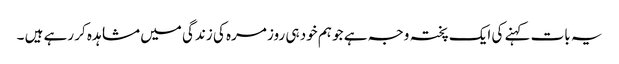
یہ بات کہنے کی ایک پختہ وجہ ہے جو ہم خود ہی روز مرہ کی زندگی میں مشاہدہ کر رہے ہیں ۔